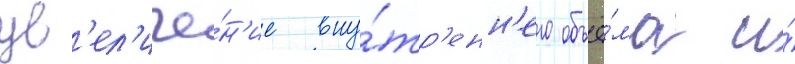
ув'ел'иче́н'ие вну́тр'енн'его объё́ма и́